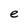
Character: e